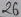
Text: 26